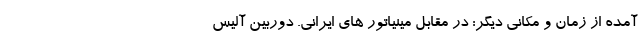
آمده از زمان و مکانی دیگر: در مقابلِ مینیاتور های ایرانی. دوربین آلیس